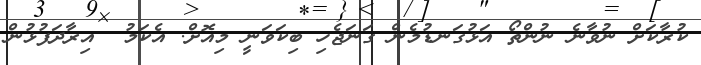
ކުރާކަށް ނުވާނެ ނުންތޯ އަޅުގަނޑުމެން ގަނަޖެހި ބިކަވަނީ މިއޮށް. އެކަމު  އިރާދަފުޅުން